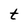
Character: t